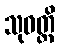
သုဝတ္ထိ